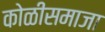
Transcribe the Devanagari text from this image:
कोळीसमाजा